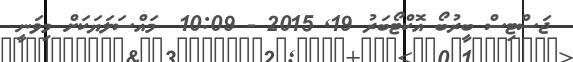
ޖަސްޓިސް ބީރުބޯ އޮކްޓޯބަރު 19